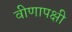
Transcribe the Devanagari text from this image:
वीणापक्षी